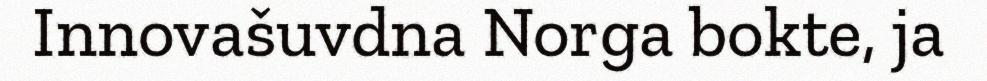
Innovašuvdna Norga bokte, ja